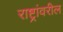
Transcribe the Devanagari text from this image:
राष्ट्रांवरील